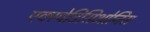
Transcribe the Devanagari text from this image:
एक्स्पेडिसिओनिस